Scottish Leaving Certificate Examination, 1959
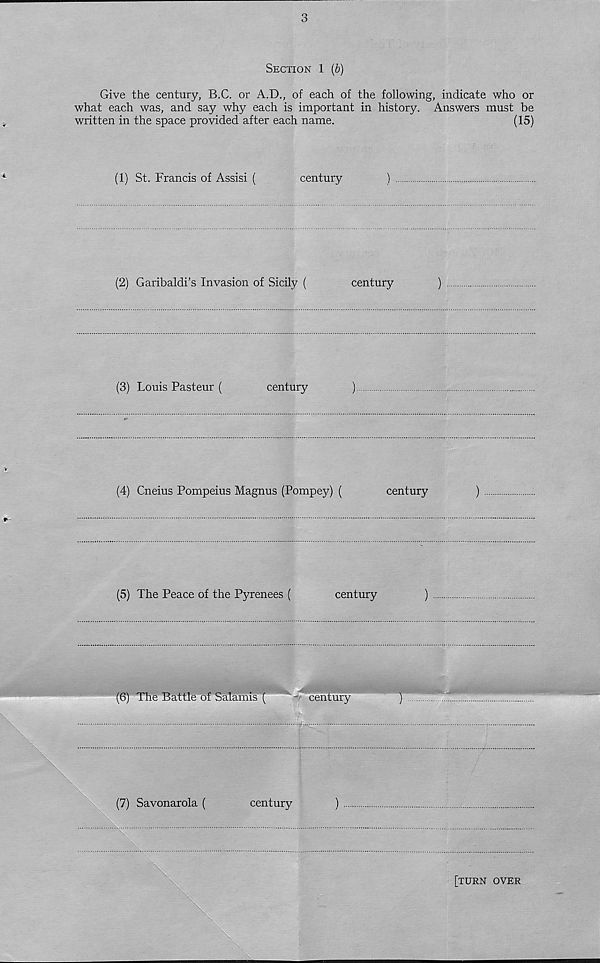
o
O
Section 1 (b)
Give the century, B.C. or A.D., of each of the following, indicate who or
what each was, and say why each is important in history. Answers must be
written in the space provided after each name.
(15)
(1) St. Francis of Assisi (
century
)
(2) Garibaldi’s Invasion of Sicily (
century
)
(3) Louis Pasteur (
century
)
(4) Cneius Pompeius Magnus (Pompey) (
century
)
(5) The Peace of the Pyrenees (
century
)
(6) The Battle of Salamis (
century
)
(7) Savonarola (
century
)
[turn over